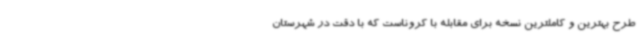
طرح بهترین و کاملترین نسخه برای مقابله با کروناست که با دقت در شهرستان